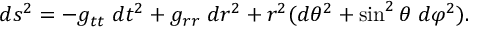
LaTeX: d s ^ { 2 } = - g _ { t t } \; d t ^ { 2 } + g _ { r r } \; d r ^ { 2 } + r ^ { 2 } ( d \theta ^ { 2 } + \sin ^ { 2 } \theta \; d \varphi ^ { 2 } ) .